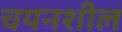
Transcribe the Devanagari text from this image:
चयनशील